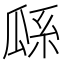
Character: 𤫺